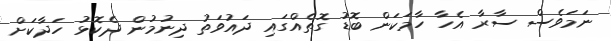
ނަމަވެސް ސާރާ އެހާ ހާމަކަން ބޮޑު ގޮތެއްގައި ދައުވަތު ދިނުމުން ދެކޮޅު ހަދާކަށް